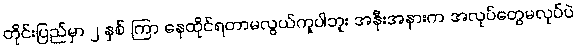
တိုင်းပြည်မှာ ၂ နှစ် ကြာ နေထိုင်ရတာမလွယ်ကူပါဘူး အနီးအနားက အလုပ်တွေမလုပ်ပဲ